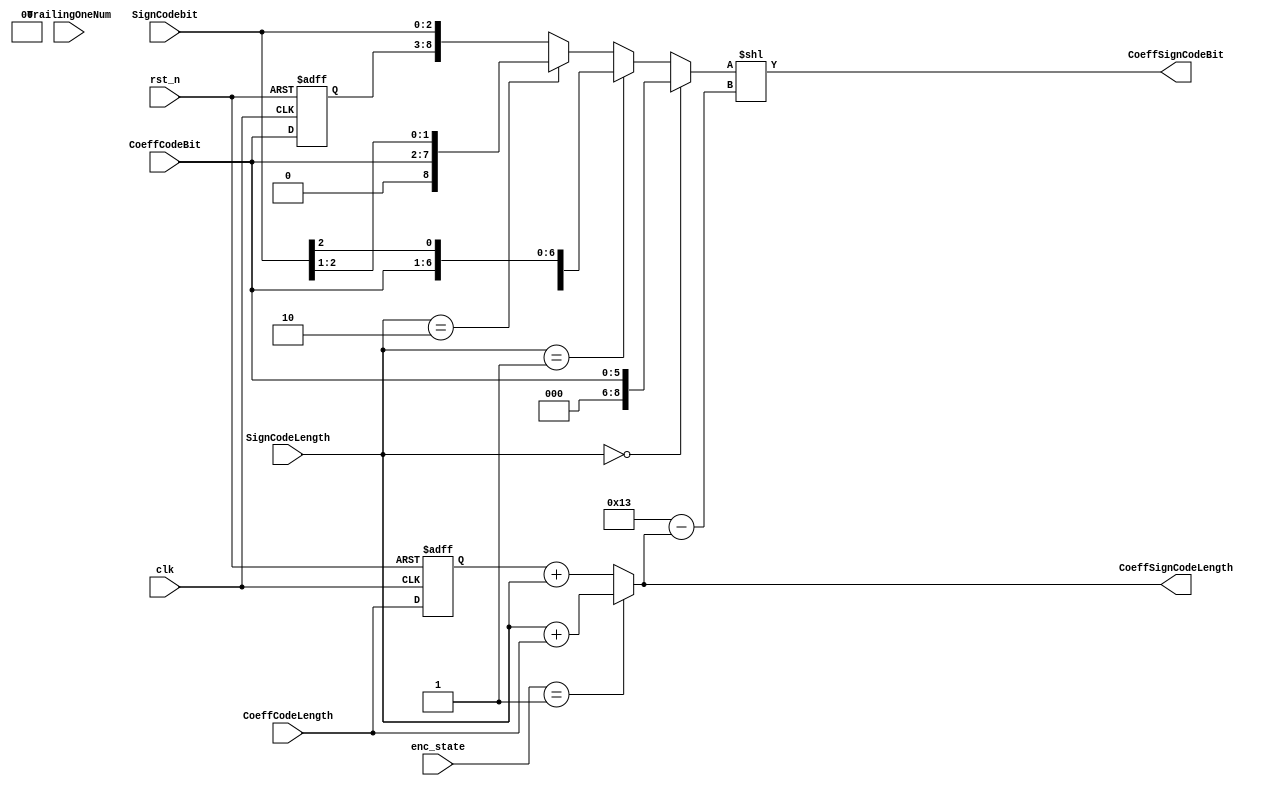
module Coeff_Sign_packer(
				clk,
				rst_n,
				CoeffCodeBit,
				CoeffCodeLength,
				SignCodebit,
				SignCodeLength,	
				CoeffSignCodeBit,
				CoeffSignCodeLength,
				enc_state,
				TrailingOneNum
);

parameter 	enc_init   	   = 4'b0000, //enc init
			enc_cycle0 	   = 4'b0001, //enc clock 1
			enc_cycle1 	   = 4'b0010, //enc clock 2
			enc_cycle2 	   = 4'b0011, //enc clock 3
			enc_cycle3 	   = 4'b0100, //enc clock 4
            enc_cycle4 	   = 4'b0101, //enc clock 5
            enc_cycle5 	   = 4'b0110, //enc clock 6
            enc_cycle6 	   = 4'b0111, //enc clock 7
            enc_cycle7 	   = 4'b1000; //enc clock 8
            	
input  clk, rst_n;
input  [2:0]  SignCodebit;
input  [1:0]  SignCodeLength;
input  [5:0]  CoeffCodeBit;
input  [4:0]  CoeffCodeLength;
input  [3:0]  enc_state;
input  [1:0]  TrailingOneNum;

output [18:0] CoeffSignCodeBit;
output [4:0]  CoeffSignCodeLength;
wire   [18:0] tmpCodeBit;
wire   [4:0]  bubble;
reg    [4:0]  regCoeffCodeLength;
reg    [5:0]  regCoeffCodebit;

assign CoeffSignCodeLength = (enc_state == enc_cycle0)? SignCodeLength + CoeffCodeLength
						   : regCoeffCodeLength + SignCodeLength;
assign bubble = 5'd19 - CoeffSignCodeLength;

assign tmpCodeBit = (SignCodeLength==2'd0)? {13'b0,CoeffCodeBit} 
				: (SignCodeLength==2'd1)? {12'b0,CoeffCodeBit,SignCodebit[2]}
				: (SignCodeLength==2'd2)? {11'b0,CoeffCodeBit,SignCodebit[2:1]}
				: {10'b0,regCoeffCodebit,SignCodebit};
				
assign CoeffSignCodeBit = tmpCodeBit<<bubble;
always @(posedge clk or negedge rst_n) begin
	if(!rst_n) begin
		regCoeffCodeLength <= 5'b0;
		regCoeffCodebit    <= 6'b0;
	end
	else begin
		regCoeffCodeLength <= CoeffCodeLength;
		regCoeffCodebit    <= CoeffCodeBit;
	end
end

endmodule